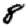
Digit: 8